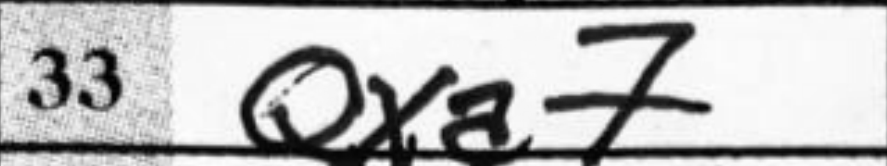
Transcription: Qxa7